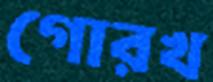
গোরখ